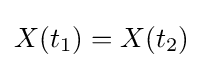
X(t_{1})=X(t_{2})